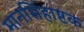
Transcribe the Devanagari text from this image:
मानसिंहाष्टक